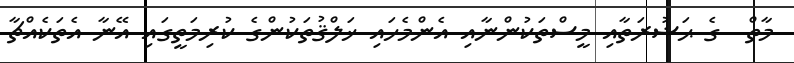
މާތް  ގެ ޙަޟުރަތާއި މީސްތަކުންނާއި އެންމެހައި ޚަލްޤުތަކުންގެ ކުރިމަތީގައި އޭނާ އެތަކެއްޗާ